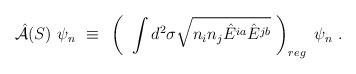
LaTeX: \begin{align*}{\hat {\cal A}}(S)~\psi_n~\equiv~ \left( ~\int d^2 \sigma \sqrt{n_i n_j {\hat E}^{ia} {\hat E}^{jb}}~ \right)_{reg}~ \psi_n~.\end{align*}